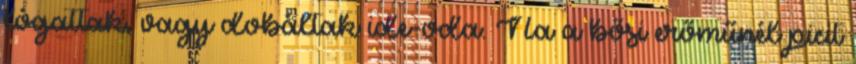
lógattak, vagy dobáltak ide-oda. Na a bősi erőműnél picit